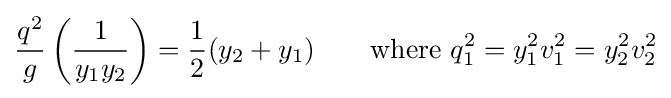
{\frac {q^{2}}{g}}\left({\frac {1}{y_{1}y_{2}}}\right)={\frac {1}{2}}(y_{2}+y_{1})\qquad {\text{where }}q_{1}^{2}=y_{1}^{2}v_{1}^{2}=y_{2}^{2}v_{2}^{2}